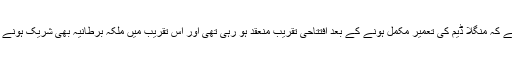
کہا جا رہا ہے کہ منگلا ڈیم کی تعمیر مکمل ہونے کے بعد افتتاحی تقریب منعقد ہو رہی تھی اور اس تقریب میں ملکہ برطانیہ بھی شریک ہونے پہنچی تھیں۔